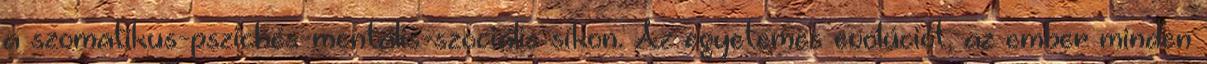
a szomatikus-pszichés-mentális-szociális síkon. Az egyetemes evolúciót, az ember minden